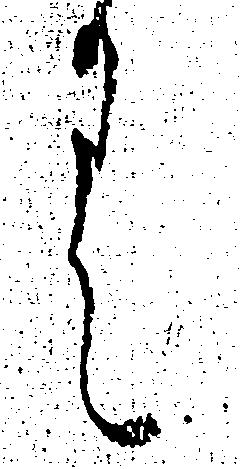
く